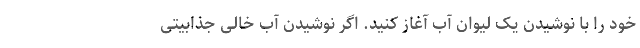
خود را با نوشیدن یک لیوان آب آغاز کنید. اگر نوشیدن آب خالی جذابیتی